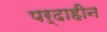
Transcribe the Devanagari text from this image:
पर्दाहीन